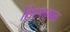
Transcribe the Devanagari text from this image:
शिरपामाळ